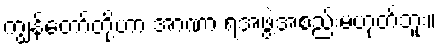
ကျွန်တော်တို့ဟာ အာဏာ ရအဖွဲ့အစည်းမဟုတ်ဘူး။